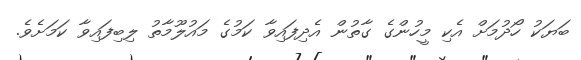
ބަޔަކު ހޯދުމަށް އެކި މީހުންގެ ގާތުން އެދިފައިވާ ކަމުގެ މައުލޫމާތު ލިބިފައިވާ ކަމަށެވެ.